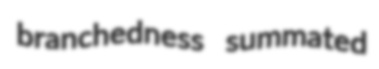
branchedness summated